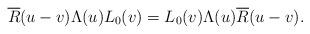
LaTeX: \begin{align*}\overline R(u-v) \Lambda(u)L_0(v)=L_0(v)\Lambda(u)\overline R(u-v).\end{align*}